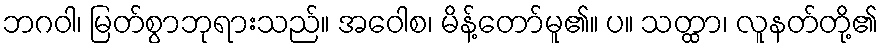
ဘဂဝါ၊ မြတ်စွာဘုရားသည်။ အဝေါစ၊ မိန့်တော်မူ၏။ ပ။ သတ္ထာ၊ လူနတ်တို့၏